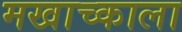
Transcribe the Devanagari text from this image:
मखाच्काला